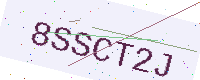
Text: 8SSCT2J